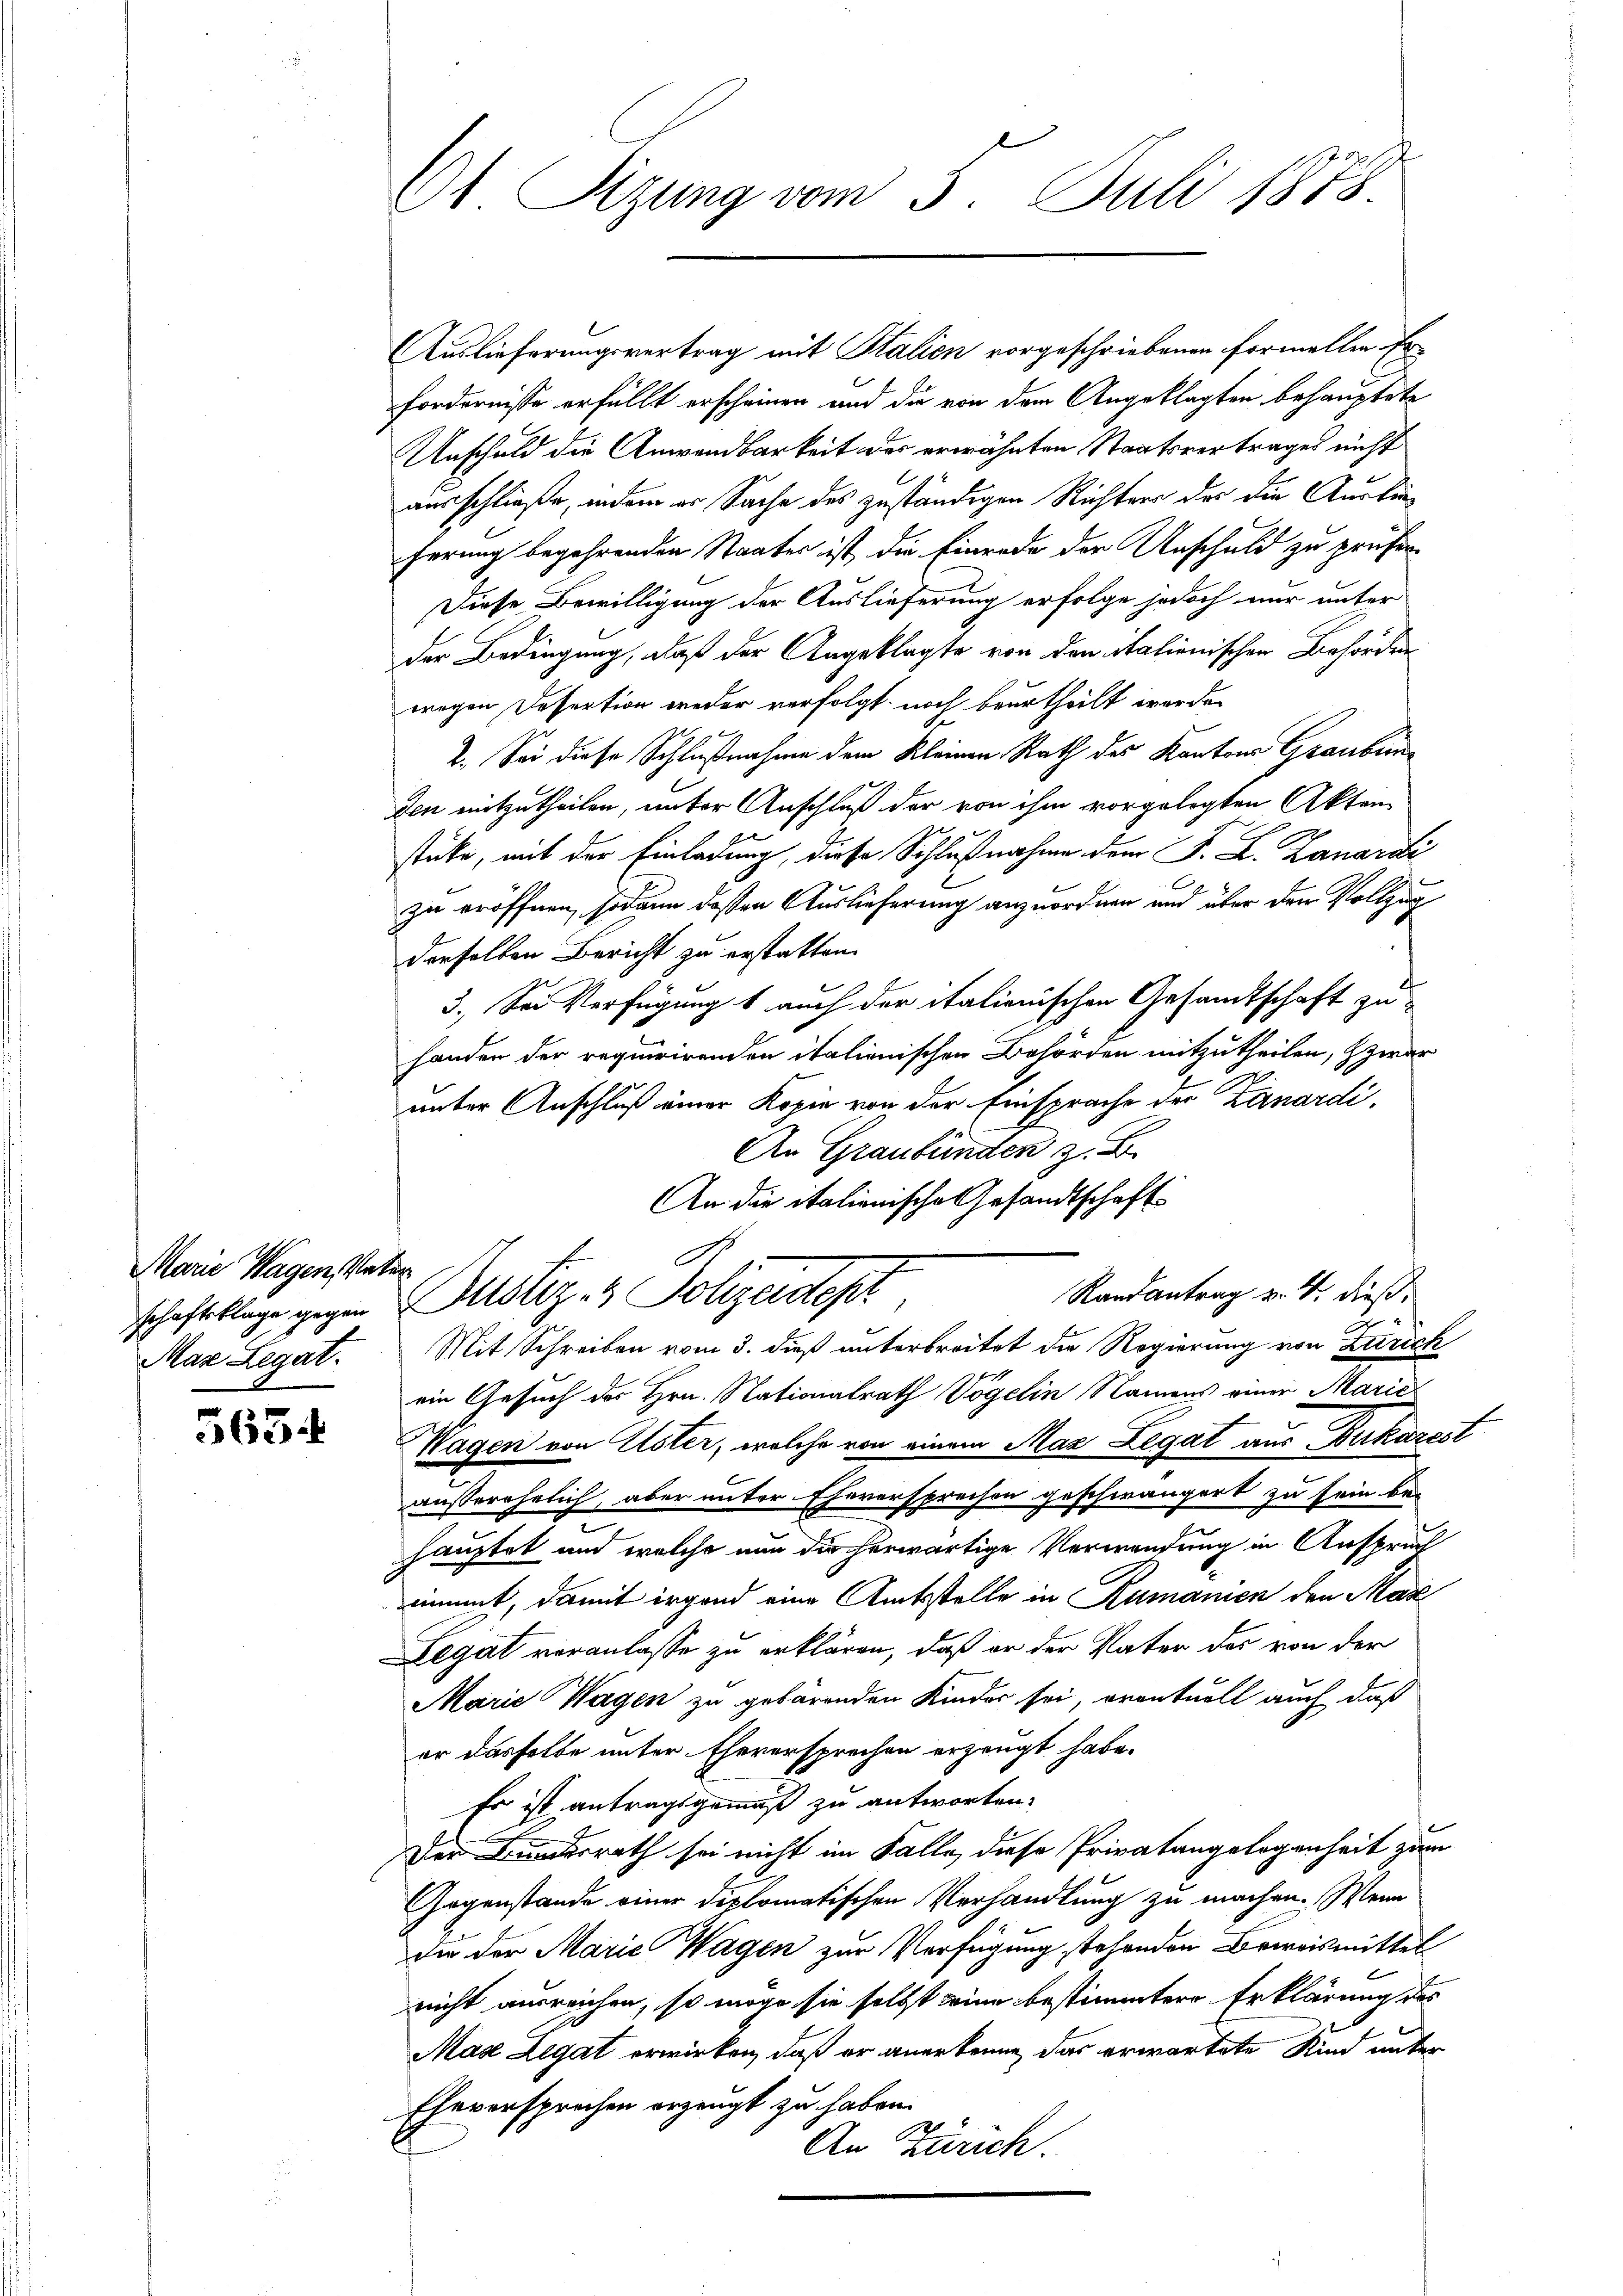
Marie Wagen, Vater
schaftsklage gegen
Max Legat.

563.

Dt. Rezung vom 3. Juli 1878

Auslieferungsvertrag mit Stalien vorgeschriebenen Formellen Er¬
Fordernisse erfüllt erscheinen und die von dem Angeklagten behauptete
Unschuld die Anwendbarkeit des erwähnten Staatsvertrages nicht
ausschließe, indem er Sache des zuständigen Richters des die Auskünferung begehrenden Staates ist, die Einrede der Unschuld zu prüfer¬
Diese Bewilligung der Auslieferung erfolge jedoch nur unter
der Bedingung, daß der Angeklagte von den italionischen Behörden
wegen Desertion weder verfolgt noch beurtheilt werden
2. Sei diese Schlußnahme dem Kleinen Rath des Kantons Graubünden mitzutheilen, unter Anschluß der von ihm vorgelegten Akten
stücke, mit der Einladung, diese Schlußnahme dem F. L. Zanardi
zu eröffnen, sodann deßen Auslieferung anzuordnen und über der Vollzugderselben Bericht zu erstatten.
3. Sei Verfügung 1 auch der italienischen Gesandtschaft zuhanden der requirirenden italienischen Behörden mitzutheilen, & zwar
unter Anschluß einer Kopie von der Einsprache der Zanardi,
An Graubünden z. B.
An die italienische Gesandtschaft-
.
Randantrag v. 4. dieß,
Dustiz- & Polizeidept
Mit Schreiben vom 3. dieß unterbreitet die Regierung von Zürich
ein Gesuch der Hrn. Nationalrath Vogelin Namens einer Marie
Wagen von Uster, welche von einem Max Legat aus Dukarest
außerehelich, aber unter Eheversprechen geschwängert zu sein bei
hauptet und welche nun die herwärtige Verwendung in Anspruch
nimt, damit irgend eine Amtsstelle in Rumanien den Mar
Legat veranlasse zu erklären, daß er der Vater des von der
Marie Wagen zu gebärenden Kinder sei, oventuell auch daß
er dasselbe unter Eheversprechen erzeugt habe.
Es ist antragsgemäß zu antworten.
Der Bundesrath sei nicht im Falle, diese Privatangelegenheit zum
Gegenstände einer diplomatischen Verhandlung zu machen. Wenn
dir der Marie Wagen zur Verfügung stehenden Beweismittel
nicht ausreichen, so möge sie selbst eine bestimmter Erklärung des
Mas Legat erwirken, daß er anerkenne, das erwartete Kind unter
Eheversprochen erzeugt zu haben.
An Zürich.